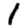
Digit: 1